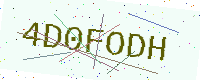
Text: 4D0FODH